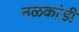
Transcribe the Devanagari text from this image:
नळकांडी